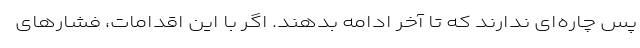
پس چاره‌ای ندارند که تا آخر ادامه بدهند. اگر با این اقدامات، فشارهای